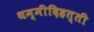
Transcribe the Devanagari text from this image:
थम्मीदिहत्ती